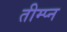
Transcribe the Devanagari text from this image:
तीम्प्न